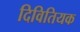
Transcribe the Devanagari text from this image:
दिवितियक